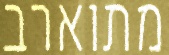
מתוארב